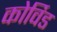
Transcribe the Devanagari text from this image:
कोर्विड